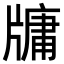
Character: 牗